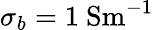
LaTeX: \sigma_{b}=1~\mathrm{{Sm^{-1}}}